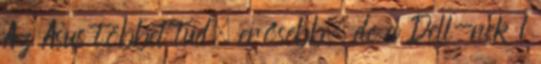
Az Asus többet tud, erősebb, de a Dell-nek 1